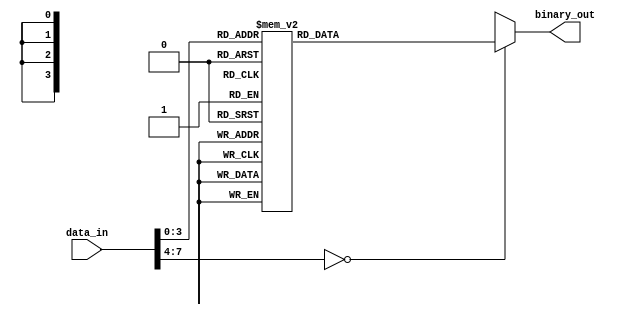
module encoder(
    input [7:0] data_in,
    output [3:0] binary_out
);

// Encoding scheme: Convert decimal input data to 4-bit unsigned binary code
// Number of input pins: 8 (data_in)
// Number of output pins: 4 (binary_out)

always @(*) begin
    case(data_in)
        0 : binary_out = 4'b0000;
        1 : binary_out = 4'b0001;
        2 : binary_out = 4'b0010;
        3 : binary_out = 4'b0011;
        4 : binary_out = 4'b0100;
        5 : binary_out = 4'b0101;
        6 : binary_out = 4'b0110;
        7 : binary_out = 4'b0111;
        8 : binary_out = 4'b1000;
        9 : binary_out = 4'b1001;
        default: binary_out = 4'bXXXX;
    endcase
end

endmodule